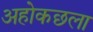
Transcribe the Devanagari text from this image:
अहोकछला